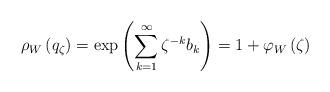
LaTeX: \begin{align*}\rho_{W}\left( q_{\zeta}\right) =\exp\left( \sum_{k=1}^{\infty}\zeta^{-k}b_{k}\right) =1+\varphi_{W}\left( \zeta\right) \end{align*}